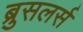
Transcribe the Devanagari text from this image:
ब्रुसलर्स